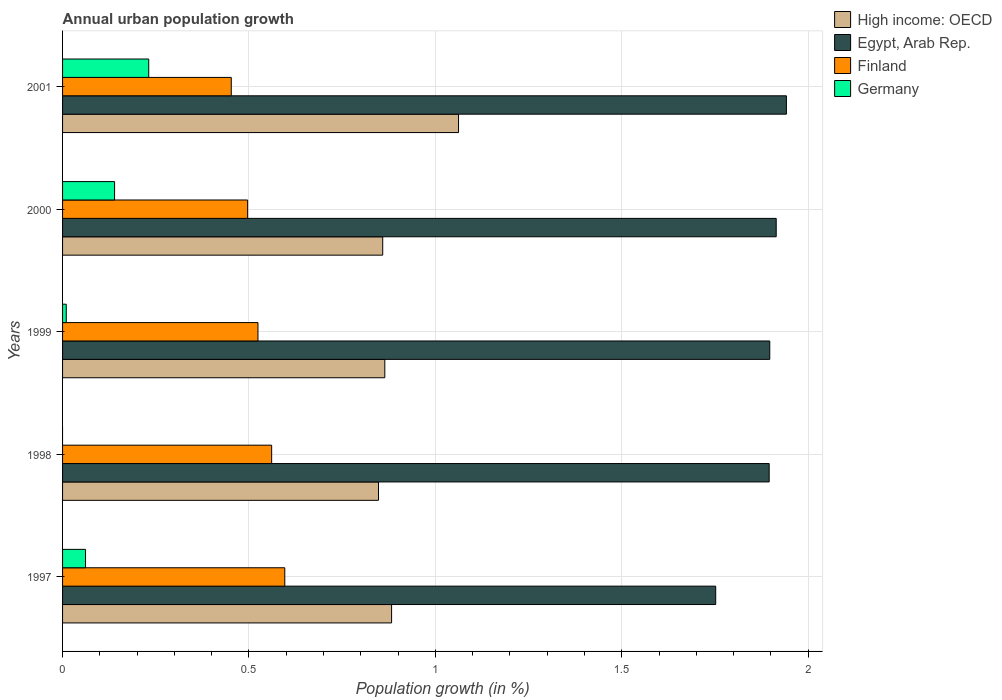
| Years | High income: OECD | Egypt, Arab Rep. | Finland | Germany |
 | --- | --- | --- | --- | --- |
 | 1997 | 0.883 | 1.75 | 0.596 | 0.0616 |
 | 1998 | 0.848 | 1.9 | 0.561 | -0.0751 |
 | 1999 | 0.864 | 1.9 | 0.524 | 0.0099 |
 | 2000 | 0.859 | 1.91 | 0.496 | 0.14 |
 | 2001 | 1.06 | 1.94 | 0.453 | 0.231 |